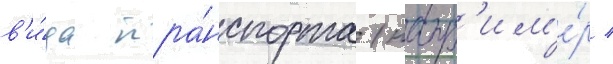
в'и́да тра́нспорта (напр'им'е́р /